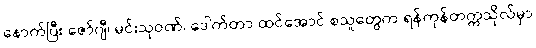
နောက်ပြီး ဇော်ဂျီ၊ မင်းသုဝဏ်၊ ဒေါက်တာ ထင်အောင် စသူတွေက ရန်ကုန်တက္ကသိုလ်မှာ